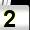
Digit: 2